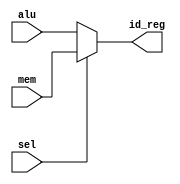
`timescale 1ns / 1ps

module wb_mux(
		input [31:0] alu,
		input [31:0] mem,
		input sel,
		output [31:0] id_reg
		);
		
	assign id_reg = sel ? mem : alu;
	
endmodule